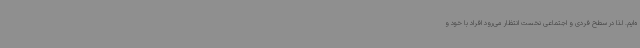
ه‌ایم. لذا در سطح فردی و اجتماعی نخست انتظار می‌رود افراد با خود و